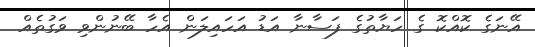
އޭނަގެ ކޮއްކޮ ގެ ހަޔާތުގެ ފަސާނާ އަޑު އަހައިލަން އެހާ ބޭނުންވި ވަގުތެއް